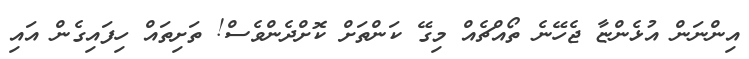
އިންނަން އުޅެންޏާ ޖެހޭނެ ތޯއްޗެއް މިގޭ ކަންތަށް ކޮށްދެންވެސް! ތަށިތައް ހިފައިގެން އައި